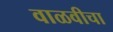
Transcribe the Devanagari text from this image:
वाळवीचा